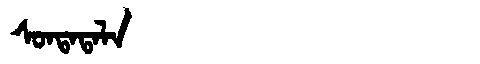
Manchu: ᠰᠣᠨᡨᠠᡨᠠᠯᠠ
Romanization: SONTATALA